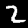
Digit: 2